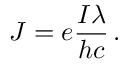
J = e \frac { { \cal I } \lambda } { h c } \, .